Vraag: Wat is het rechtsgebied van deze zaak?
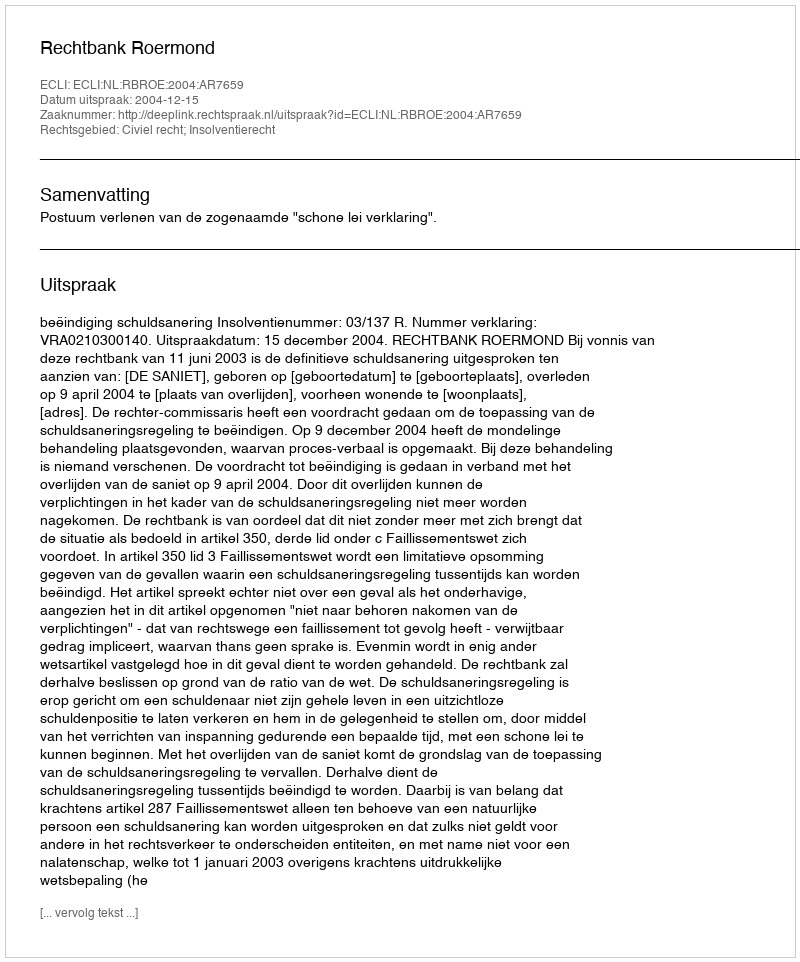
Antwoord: Civiel recht; Insolventierecht